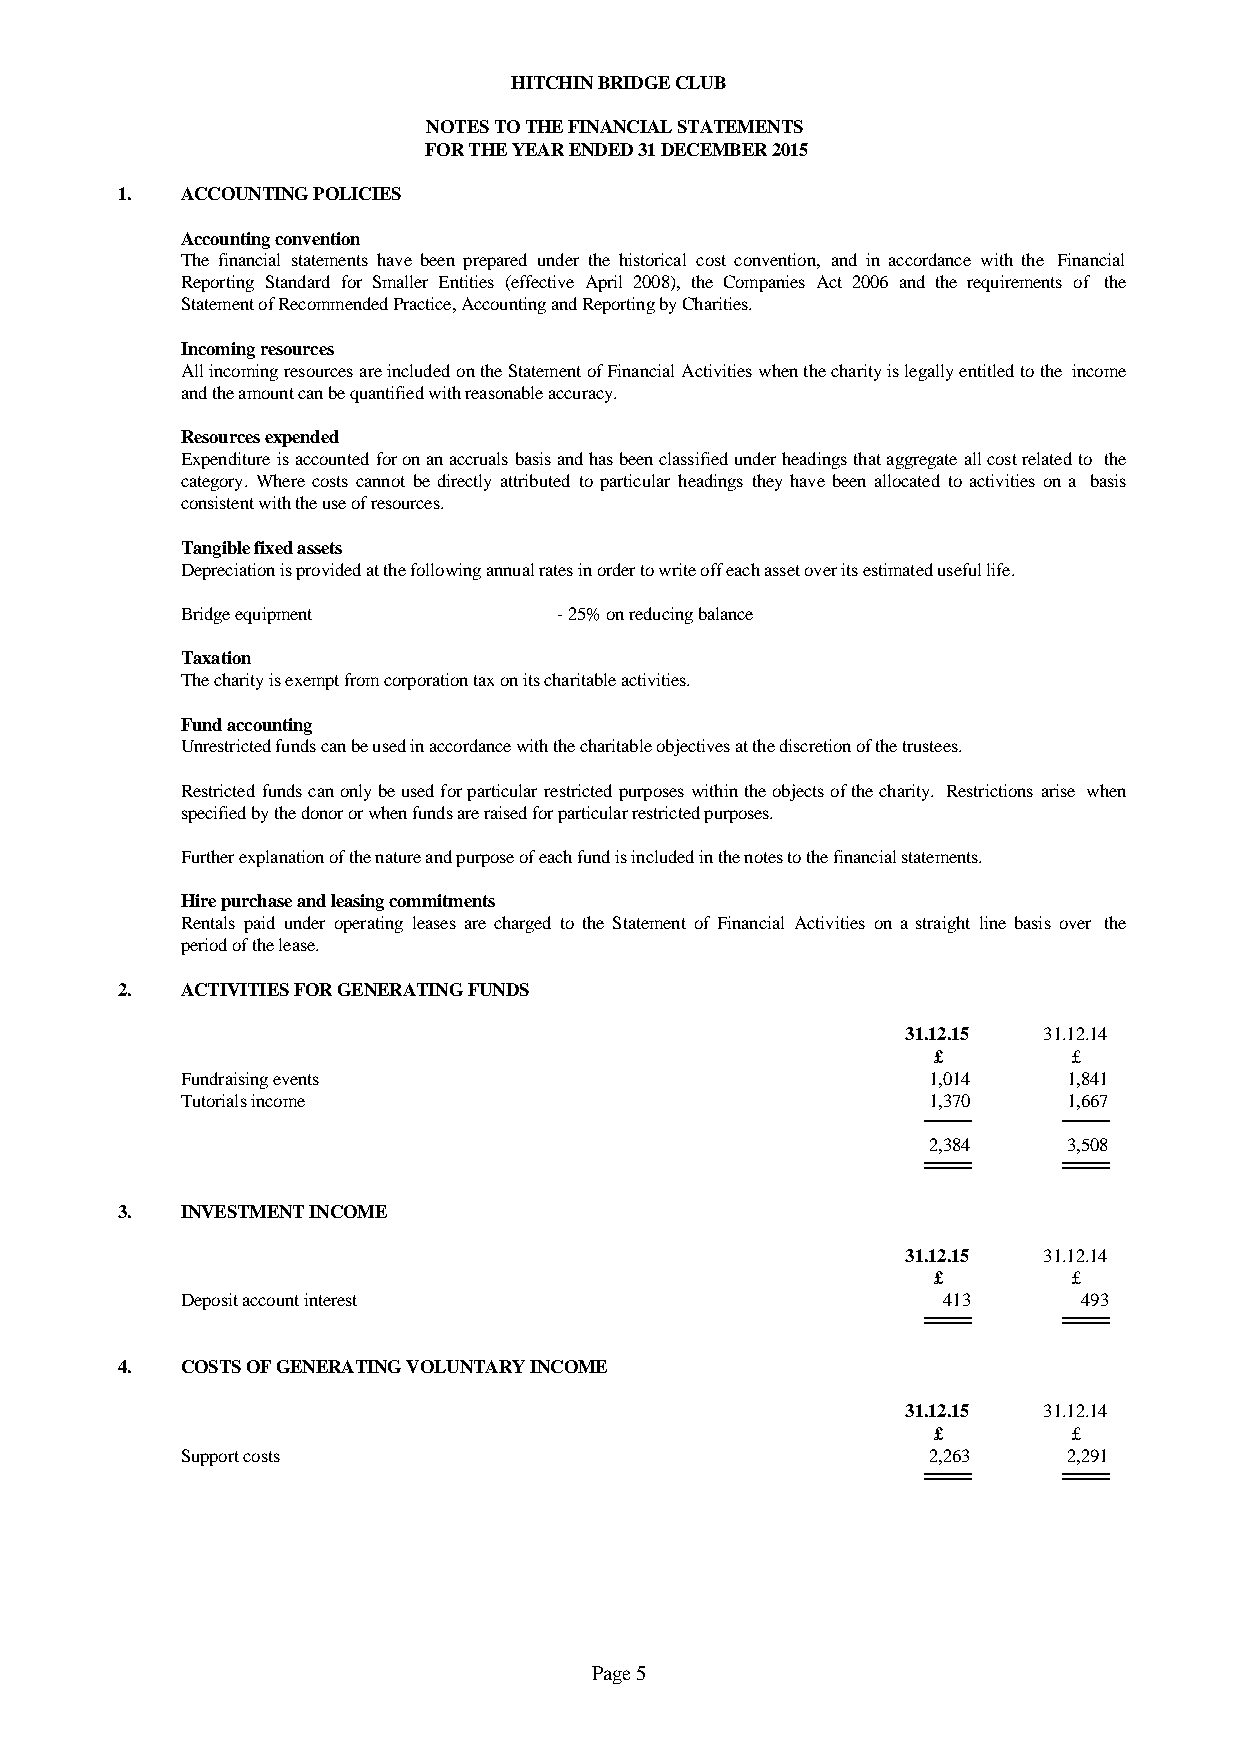
HITCHIN BRIDGE CLUB
 NOTES TO THE FINANCIAL STATEMENTS
 FOR THE YEAR ENDED 31 DECEMBER 2015
 1.  ACCOUNTING POLICIES
 Accounting convention
 The financial statements have been prepared under the historical cost convention, and in accordance with the Financial
 Reporting Standard for Smaller Entities (effective April 2008), the Companies Act 2006 and the requirements of the
 Statement of Recommended Practice, Accounting and Reporting by Charities.
 Incoming resources
 AllincomingresourcesareincludedontheStatementofFinancialActivitieswhenthecharityislegallyentitledtothe income
 and the amount can be quantified with reasonable accuracy.
 Resources expended
 Expenditureisaccountedforonanaccrualsbasisandhasbeenclassifiedunderheadingsthataggregateallcostrelatedto the
 category.Where costs cannot be directlyattributed to particular headings theyhave been allocated to activitieson a basis
 consistent with the use of resources.
 Tangible fixed assets
 Depreciation is provided at the following annual rates in order to write off each asset over its estimated useful life.
 Bridge equipment         - 25% on reducing balance
 Taxation
 The charity is exempt from corporation tax on its charitable activities.
 Fund accounting
 Unrestricted funds can be used in accordance with the charitable objectives at the discretion of the trustees.
 Restrictedfundscanonlybeusedforparticularrestrictedpurposeswithintheobjectsofthecharity. Restrictionsarise when
 specified by the donor or when funds are raised for particular restricted purposes.
 Further explanation of the nature and purpose of each fund is included in the notes to the financial statements.
 Hire purchase and leasing commitments
 Rentals paid under operating leases are charged to the Statement of Financial Activities on a straight line basis over the
 period of the lease.
 2.  ACTIVITIES FOR GENERATING FUNDS
 31.12.15 31.12.14
 £        £
 Fundraising events                               1,014     1,841
 Tutorials income                                 1,370     1,667
 2,384     3,508
 3.  INVESTMENT INCOME
 31.12.15 31.12.14
 £        £
 Deposit account interest                          413       493
 4.  COSTS OF GENERATING VOLUNTARY INCOME
 31.12.15 31.12.14
 £        £
 Support costs                                    2,263     2,291
 Page 5